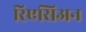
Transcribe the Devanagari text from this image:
रिएसिअन